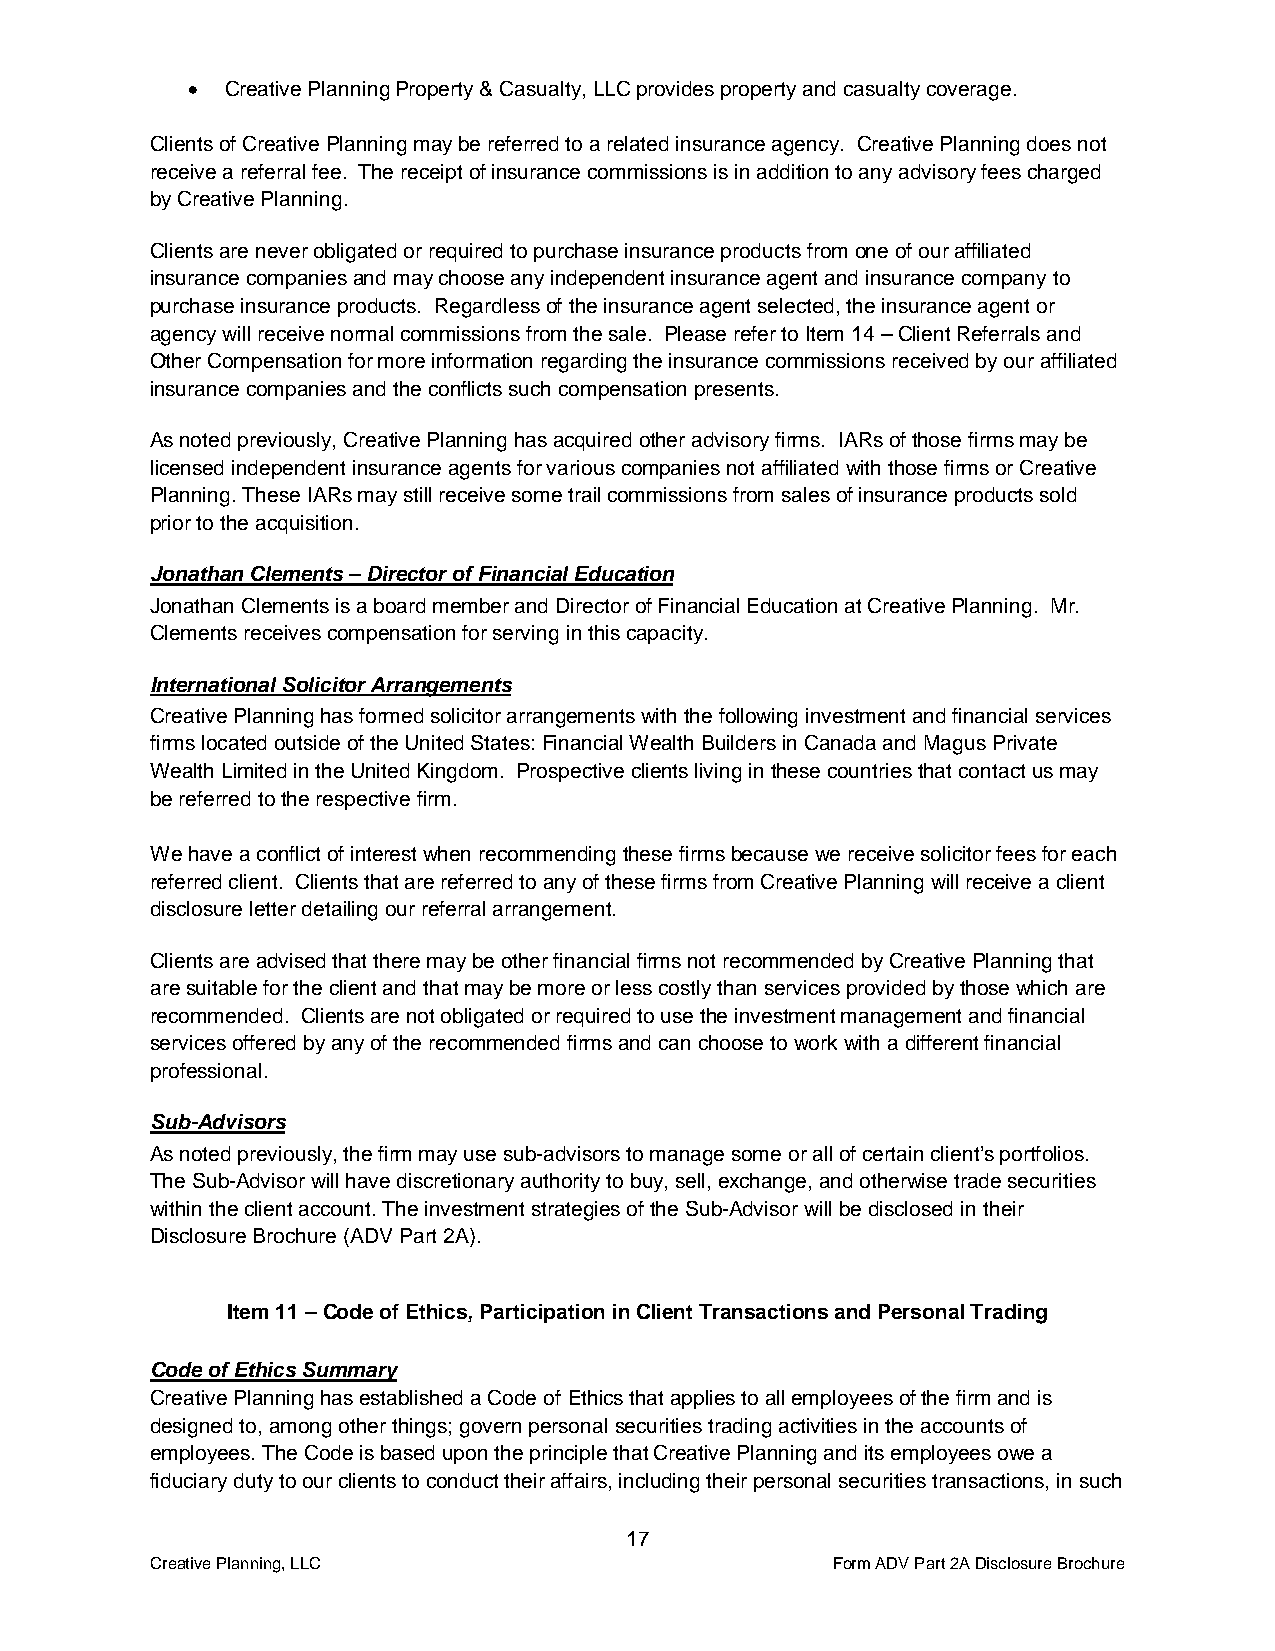
•  Creative Planning Property & Casualty, LLC provides property and casualty coverage.
 Clients of Creative Planning may be referred to a related insurance agency. Creative Planning does not
 receive a referral fee. The receipt of insurance commissions is in addition to any advisory fees charged
 by Creative Planning.
 Clients are never obligated or required to purchase insurance products from one of our affiliated
 insurance companies and may choose any independent insurance agent and insurance company to
 purchase insurance products. Regardless of the insurance agent selected, the insurance agent or
 agency will receive normal commissions from the sale. Please refer to Item 14 – Client Referrals and
 Other Compensation for more information regarding the insurance commissions received by our affiliated
 insurance companies and the conflicts such compensation presents.
 As noted previously, Creative Planning has acquired other advisory firms. IARs of those firms may be
 licensed independent insurance agents for various companies not affiliated with those firms or Creative
 Planning. These IARs may still receive some trail commissions from sales of insurance products sold
 prior to the acquisition.
 Jonathan Clements – Director of Financial Education
 Jonathan Clements is a board member and Director of Financial Education at Creative Planning. Mr.
 Clements receives compensation for serving in this capacity.
 International Solicitor Arrangements
 Creative Planning has formed solicitor arrangements with the following investment and financial services
 firms located outside of the United States: Financial Wealth Builders in Canada and Magus Private
 Wealth Limited in the United Kingdom. Prospective clients living in these countries that contact us may
 be referred to the respective firm.
 We have a conflict of interest when recommending these firms because we receive solicitor fees for each
 referred client. Clients that are referred to any of these firms from Creative Planning will receive a client
 disclosure letter detailing our referral arrangement.
 Clients are advised that there may be other financial firms not recommended by Creative Planning that
 are suitable for the client and that may be more or less costly than services provided by those which are
 recommended. Clients are not obligated or required to use the investment management and financial
 services offered by any of the recommended firms and can choose to work with a different financial
 professional.
 Sub-Advisors
 As noted previously, the firm may use sub-advisors to manage some or all of certain client’s portfolios.
 The Sub-Advisor will have discretionary authority to buy, sell, exchange, and otherwise trade securities
 within the client account. The investment strategies of the Sub-Advisor will be disclosed in their
 Disclosure Brochure (ADV Part 2A).
 Item 11 – Code of Ethics, Participation in Client Transactions and Personal Trading
 Code of Ethics Summary
 Creative Planning has established a Code of Ethics that applies to all employees of the firm and is
 designed to, among other things; govern personal securities trading activities in the accounts of
 employees. The Code is based upon the principle that Creative Planning and its employees owe a
 fiduciary duty to our clients to conduct their affairs, including their personal securities transactions, in such
 17
 Creative Planning, LLC                       Form ADV Part 2A Disclosure Brochure